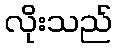
လိုးသည်